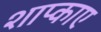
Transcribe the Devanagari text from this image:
शाप्काए